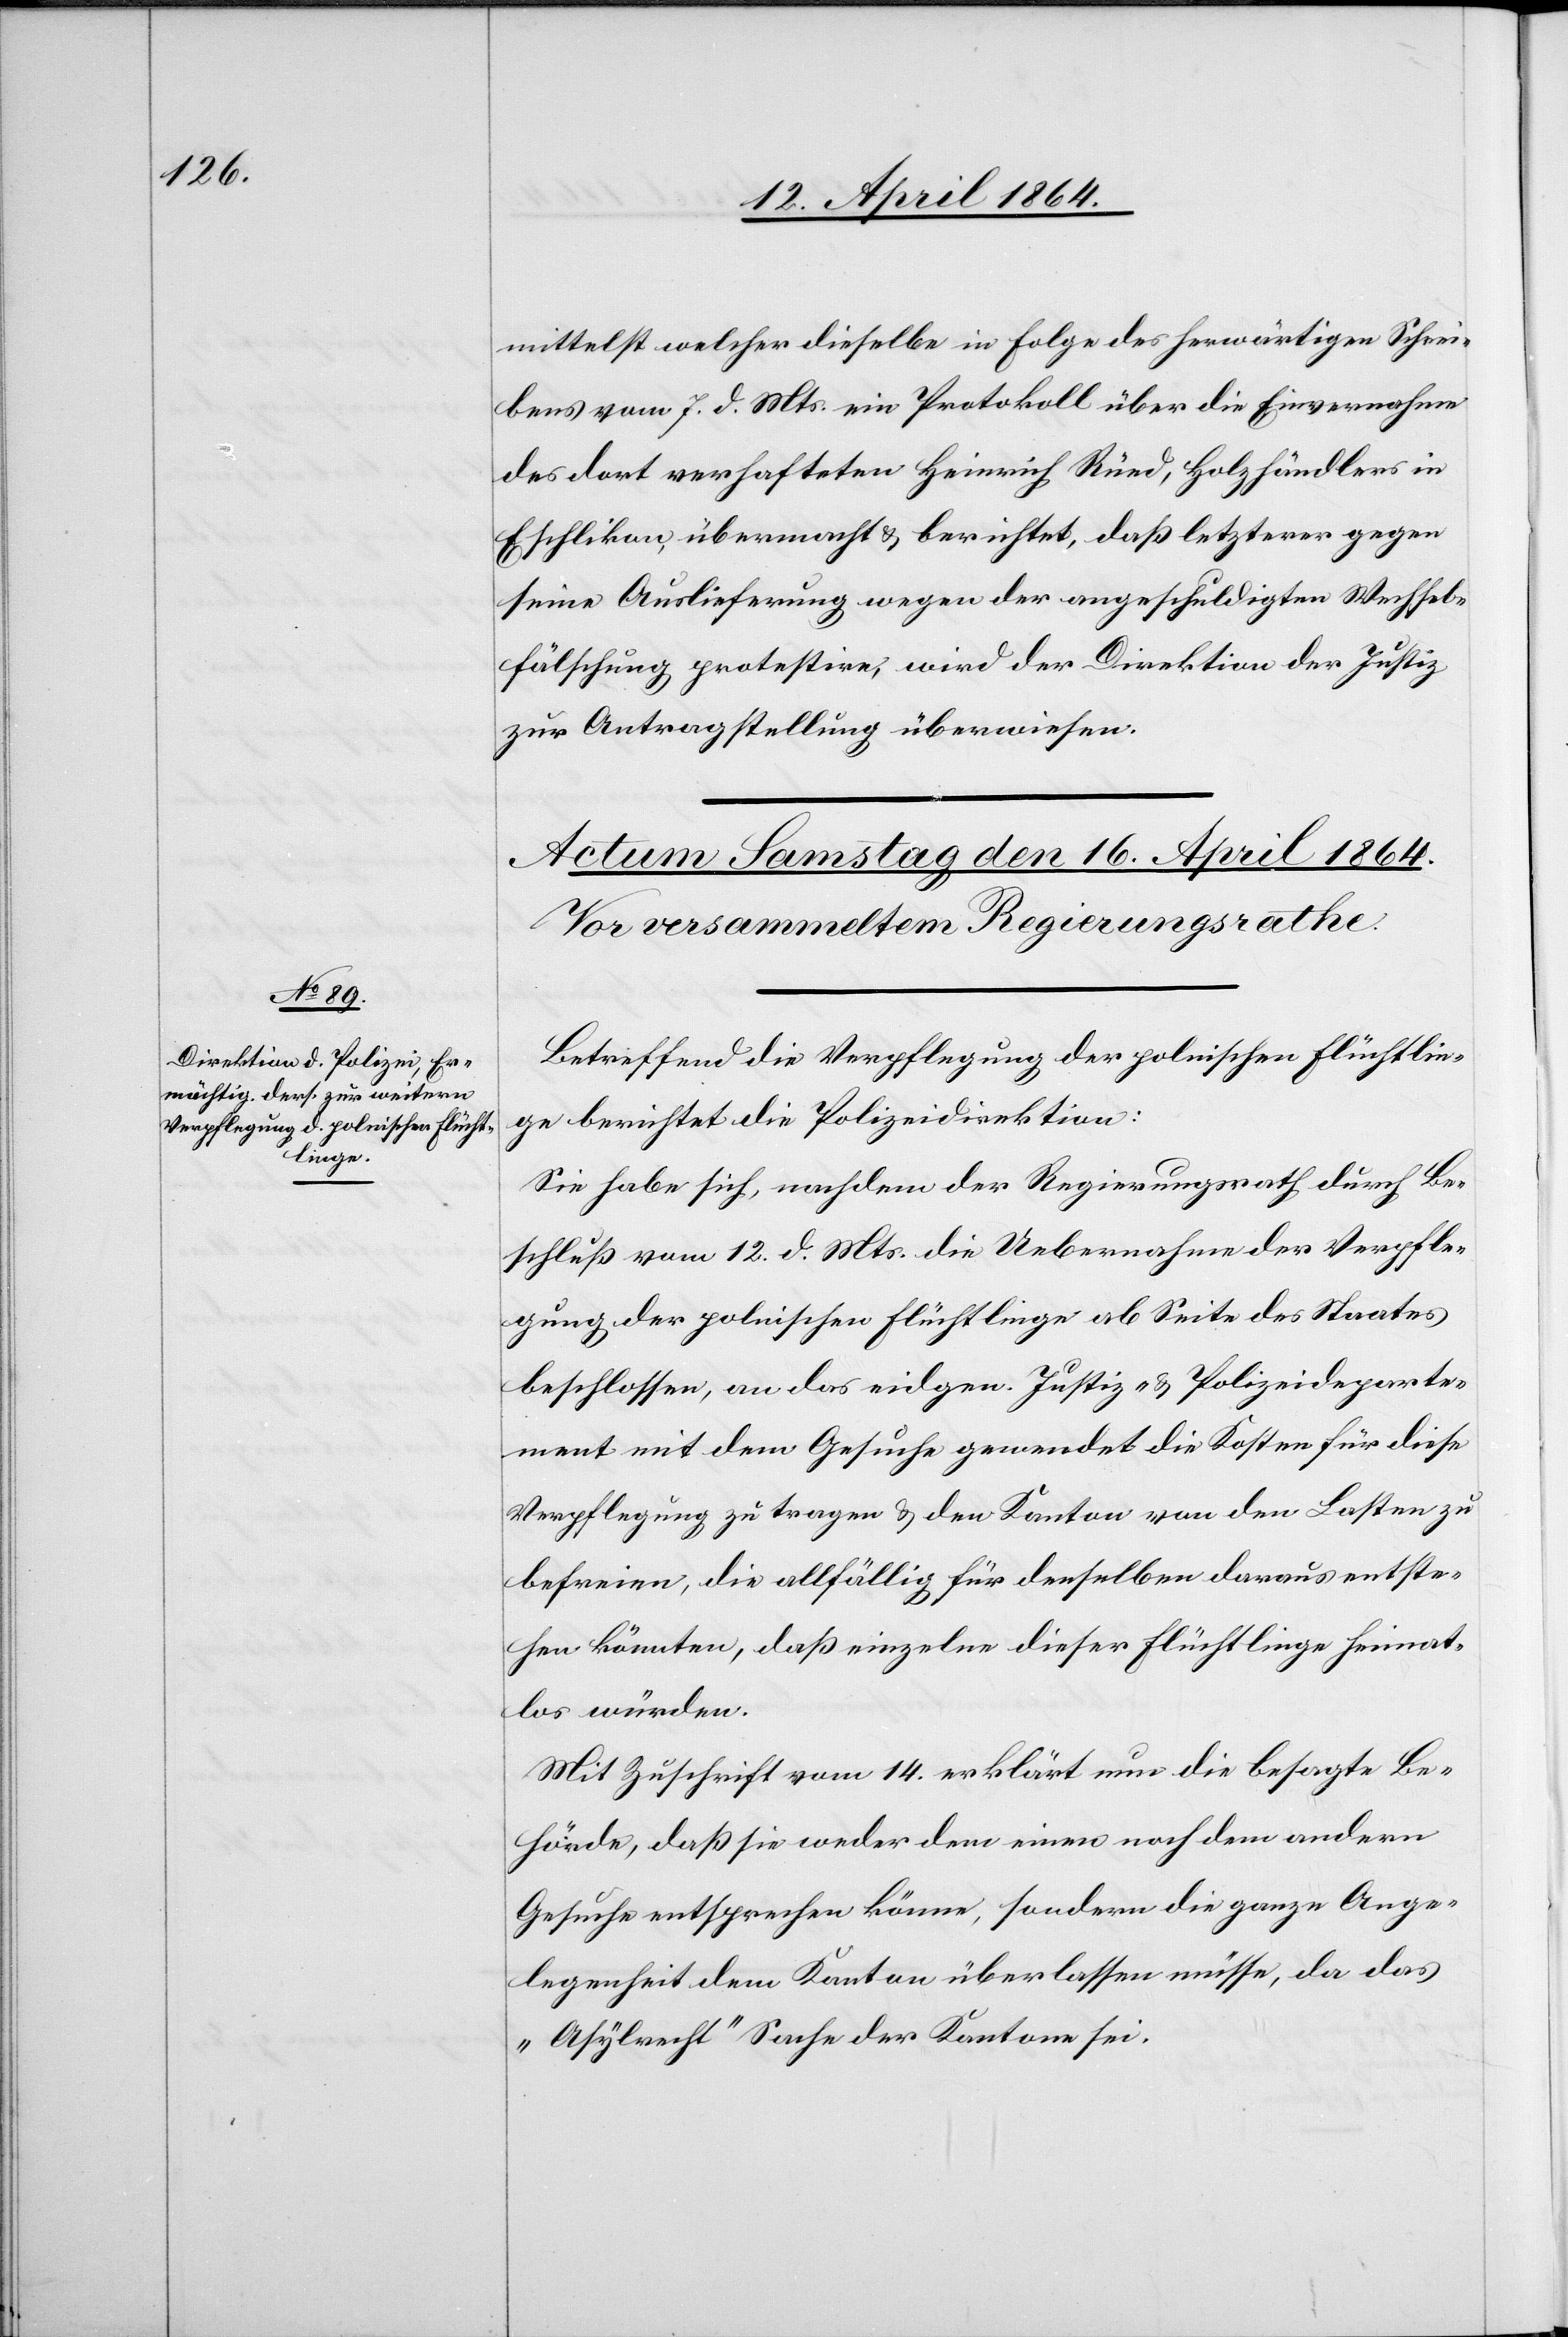
mittelst welcher dieselbe in Folge des herwärtigen Schrei¬
bens vom 7. d. Mts. ein Protokoll über die Einvernahme
des dort verhafteten Heinrich Rüed, Holzhändler in
Eschlikon, übermacht u. berichtet, daß letzterer gegen
seine Auslieferung wegen der angeschuldigten Wechsel¬
fälschung protestire, wird der Direktion der Justiz
zur Antragstellung überwiesen.
Betreffend die Verpflegung der polnischen Flüchtlin¬
ge berichtet die Polizeidirektion:
Sie habe sich, nachdem der Regierungsrath durch Be¬
schluß vom 12. d. Mts. die Uebernahme der Verpfle¬
gung der polnischen Flüchtlinge ab Seite des Staates
beschlossen, an das eidgen. Justiz- u. Polizeideparte¬
ment mit dem Gesuche gewendet die Kosten für diese
Verpflegung zu tragen u. den Kanton von den Lasten zu
befreien, die allfällig für denselben daraus entste¬
hen könnten, daß einzelne dieser Flüchtlinge heimat¬
los würden.
Mit Zuschrift vom 14. erklärt nun die besagte Be¬
hörde, daß sie weder dem einen noch dem andern
Gesuche entsprechen könne, sondern die ganze Ange¬
legenheit dem Kanton überlassen müsse, da das
„Asylrecht“ Sache der Kantone sei.